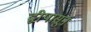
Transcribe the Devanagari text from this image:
द्वीपासून